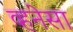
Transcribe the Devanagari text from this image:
व्हनेसा